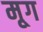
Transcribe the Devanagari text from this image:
मृ्ग